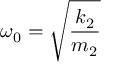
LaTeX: \omega _ { 0 } = { \sqrt { \frac { k _ { 2 } } { m _ { 2 } } } }